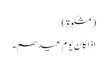
(مشکوٰۃ)
اذا کان یوم عیدھم۔